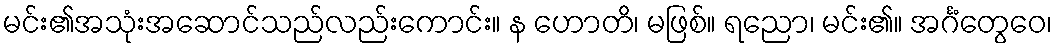
မင်း၏အသုံးအဆောင်သည်လည်းကောင်း။ န ဟောတိ၊ မဖြစ်။ ရညော၊ မင်း၏။ အင်္ဂံတွေဝေ၊